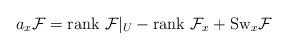
LaTeX: \begin{align*}a_x{\cal F}={\rm rank}\ {\cal F}|_U-{\rm rank}\ {\cal F}_x+{\rm Sw}_x{\cal F}\end{align*}